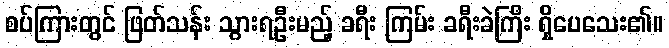
စပ်ကြားတွင် ဖြတ်သန်း သွားရဦးမည့် ခရီး ကြမ်း ခရီးခဲကြီး ရှိပေသေး၏။